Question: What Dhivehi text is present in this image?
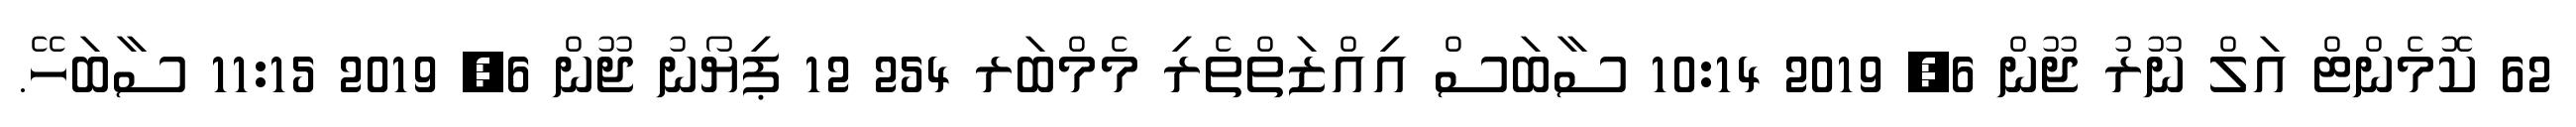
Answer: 62 ކޮމެންޓް އަލް ނޫރު ޖޫން 6, 2019 10:14 ސާބަސް އިއްޒަތްތެރި މެމްބަރ 254 12 ޕިޔޯނު ޖޫން 6, 2019 11:15 ސާބަހޭ.